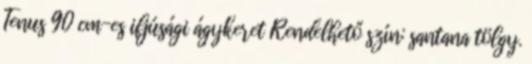
Tenus 90 cm-es ifjúsági ágykeret Rendelhető szín: santana tölgy.